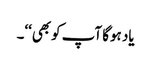
یاد ہوگا آپ کوبھی‘‘۔